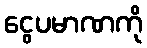
ငွေပမာဏကို